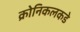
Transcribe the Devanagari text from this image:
क्रोनिकलकडे